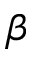
\beta